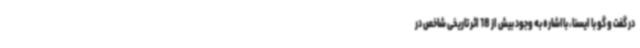
در گفت و گو با ایسنا، بااشاره به وجود بیش از 18 اثر تاریخی شاخص در